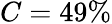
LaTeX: C=49\%